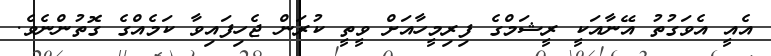
އެއީ އެވަގުތު އޭނާއަކީ ރީޝަމްގެ ފިރިމީހާއަށް ވީތީ ކުރަން ޖެހިފައިވާ ކަމެއްގެ ގޮތުންނެވެ.